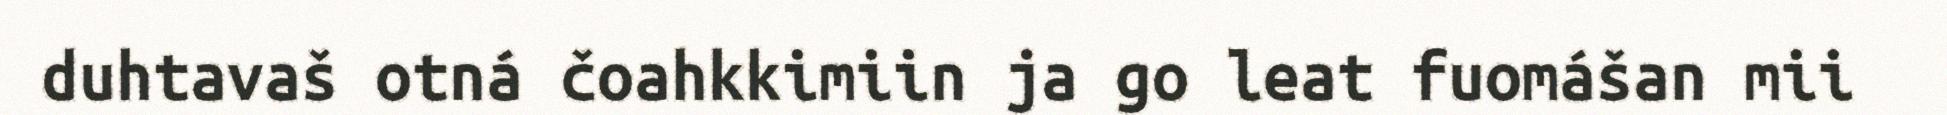
duhtavaš otná čoahkkimiin ja go leat fuomášan mii